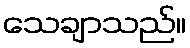
သေချာသည်။